Indian Civil Veterinary Department memoirs
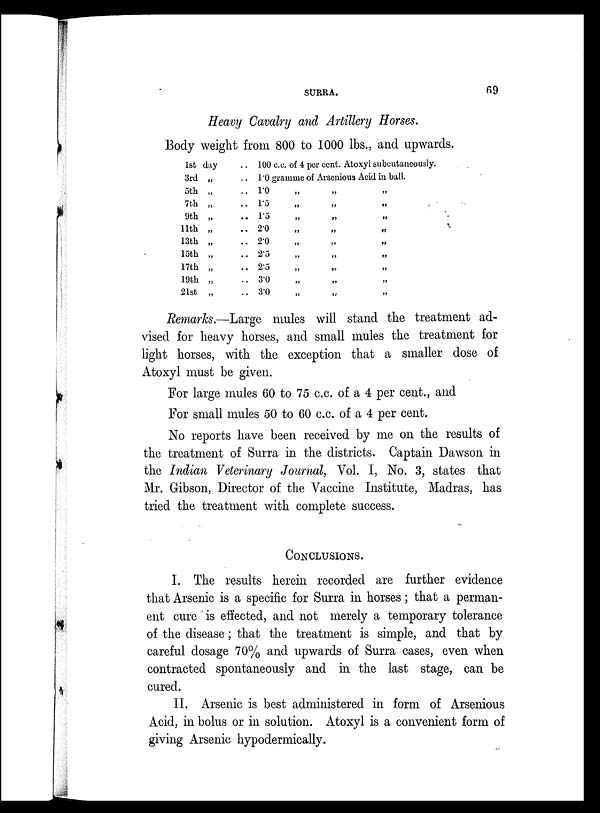
SURRA.
69
Heavy Cavalry and Artillery Horses.
Body weight from 800 to 1000 lbs., and upwards.
1st day
3rd „ ..
5th „ ..
7th „ ..
9th „ ..
11th „ ..
13th „ ..
15th „ ..
17th „ ..
19th „ ..
21st „ ..
100 c.c. of 4 per cent. Atoxyl subeutaneously.
1.0 gramme of Arsenious Acid in ball.
1.0 „ „ „
1.5 „ „ „
1.5
„
„
„
2.0 „ „ „
2.0 „ „ „
2.5 „ „ „
2.5 „ „ „
3.0 „ „ „
3.0 „ „ „
Remarks.—Large mules will stand the treatment ad-
vised for heavy horses, and small mules the treatment for
light horses, with the exception that a smaller dose of
Atoxyl must be given.
For large mules 60 to 75 c.c. of a 4 per cent., and
For small mules 50 to 60 c.c. of a 4 per cent.
No reports have been received by me on the results of
the treatment of Surra in the districts. Captain Dawson in
the Indian Veterinary Journal, Vol. I, No. 3, states that
Mr. Gibson, Director of the Vaccine Institute, Madras, has
tried the treatment with complete success.
CONCLUSIONS.
I. The results herein recorded are further evidence
that Arsenic is a specific for Surra in horses; that a perman-
ent cure is effected, and not merely a temporary tolerance
of the disease ; that the treatment is simple, and that by
careful dosage 70% and upwards of Surra cases, even when
contracted spontaneously and in the last stage, can be
cured.
II. Arsenic is best administered in form of Arsenious
Acid, in bolus or in solution. Atoxyl is a convenient form of
giving Arsenic hypodermically.